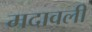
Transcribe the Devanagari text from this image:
मदावली